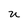
Character: u